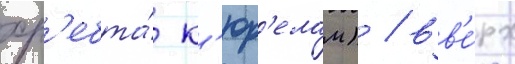
хр'ебта́ к'юр'елам) / вв'е́рх